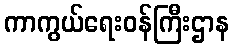
ကာကွယ်ရေးဝန်ကြီးဌာန